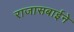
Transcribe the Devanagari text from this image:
राजासबाईने